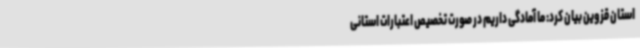
استان قزوین بیان کرد: ما آمادگی داریم در صورت تخصیص اعتبارات استانی